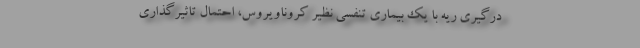
درگیری ریه با یک بیماری تنفسی نظیر کروناویروس، احتمال تاثیرگذاری